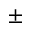
\pm